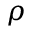
\rho